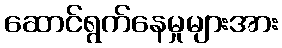
ဆောင်ရွက်နေမှုများအား